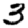
Digit: 3